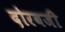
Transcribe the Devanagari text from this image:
दोरबजी